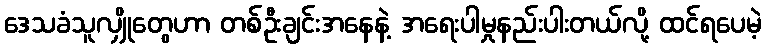
ဒေသခံသူလျှိုတွေဟာ တစ်ဦးချင်းအနေနဲ့ အရေးပါမှုနည်းပါးတယ်လို့ ထင်ရပေမဲ့